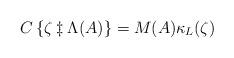
LaTeX: \begin{align*}C\left\{ \zeta \ddagger \Lambda(A)\right\} =M(A) \kappa_{L}(\zeta)\end{align*}